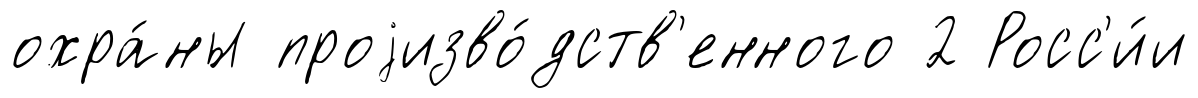
охра́ны проjизво́дств'енного 2 Росс'и́и